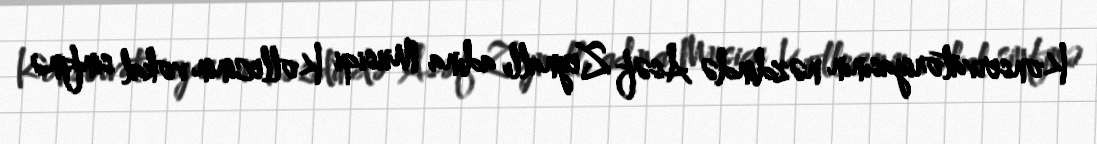
Konservatoriyasının nəzdində Asəf Zeynallı adına Musiqi Kollecinin vokal sinfinə